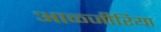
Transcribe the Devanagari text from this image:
आळ्जीरिया